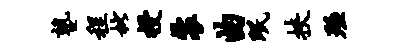
塾程枇授裘曲眠挟殛